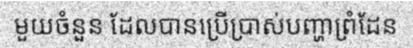
មួយចំនួន ដែលបានប្រើប្រាស់បញ្ហាព្រំដែន